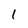
Character: l